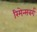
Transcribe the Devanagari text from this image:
रिमेन्सबर्ग